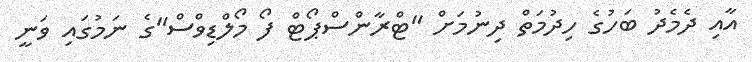
އާއި ދެމެދު ބަހުގެ ހިދުމަތް ދިނުމަށް "ޓްރާންސްޕޯޓް ފޯ މޯލްޑިވްސް"ގެ ނަމުގައި ވަނީ